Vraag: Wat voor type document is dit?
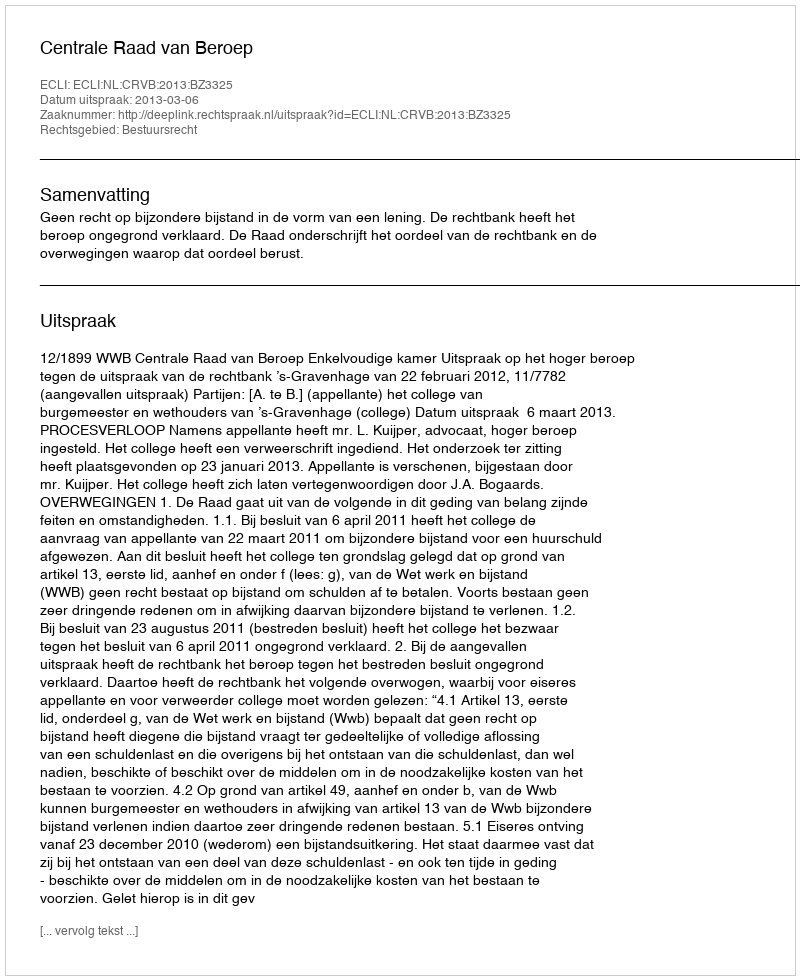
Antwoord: Uitspraak